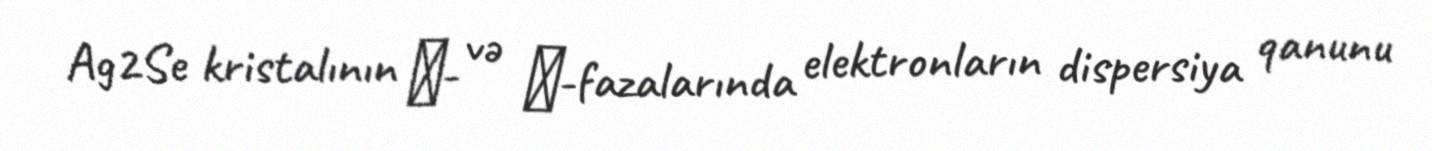
Ag2Se kristalının α- və β-fazalarında elektronların dispersiya qanunu